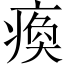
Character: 瘓